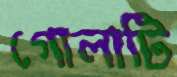
গোলাটি